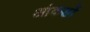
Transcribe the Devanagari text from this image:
आंकङों